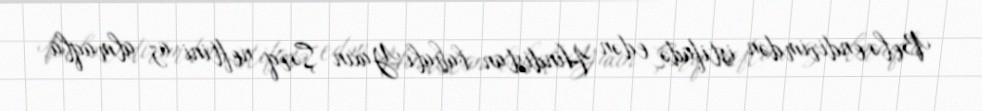
Belə endirimdən istifadə edən Hindistan bahalı Yaxın Şərq neftini az almaqla